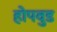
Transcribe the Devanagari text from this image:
होपवुड